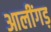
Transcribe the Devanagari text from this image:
आलींगड़